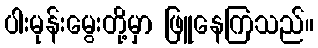
ပါးမုန်းမွေးတို့မှာ ဖြူနေကြသည်။